Annual report of the Central Committee of the Association together with the report of the directors of the Pasteur Institute at Kasauli
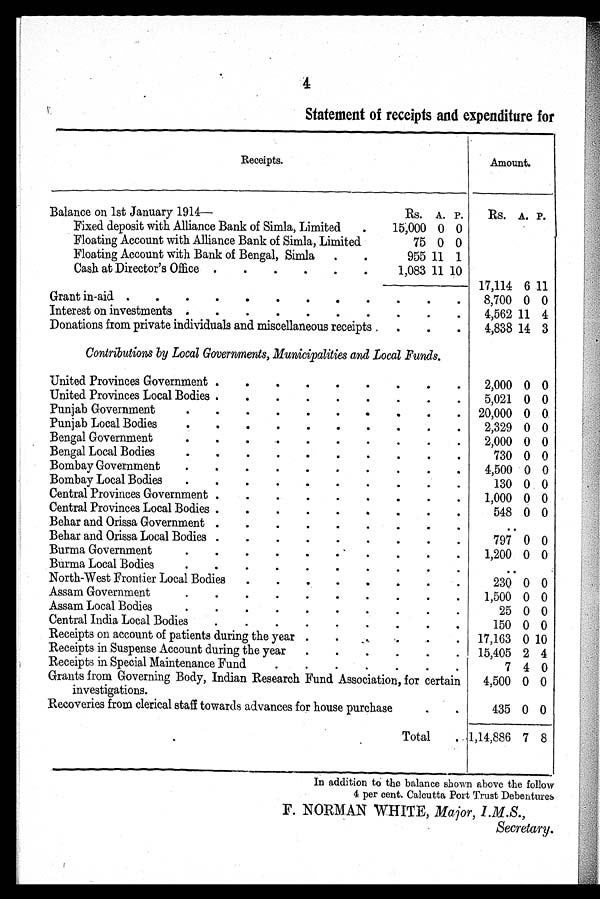
4
Statement of receipts and expenditure for
Receipts.
Amount.
Balance on 1st January 1914—
Rs. A. P.
Rs. A. P.
Fixed deposit with Alliance Bank of Simla, Limited . 15,000 0 0
Floating Account with Alliance Bank of Simla, Limited
75 0 0
Floating Account with Bank of Bengal, Simla .
.
955 11 1
Cash at Director's Office .
.
.
.
.
. 1,083 11 10
17,114 6 11
Grant in-aid .
. . . . . . . . . . .
8,700 0 0
Interest on investments .
.
.
.
.
.
.
.
.
.
4,562 11 4
Donations from private individuals and miscellaneous receipts
.
.
.
4,838 14 3
Contributions by Local Governments, Municipalities and Local Funds.
United Provinces Government .
.
.
.
.
.
.
.
.
2,000 0 0
United Provinces Local Bodies .
.
.
.
.
.
.
.
5,021 0 0
Punjab Government
.
. . . . . . . . .
20,000 0 0
Punjab Local Bodies
.
.
.
.
. . . . . .
2,329 0 0
Bengal Government
. . . . . . . . . .
2,000 0 0
Bengal Local Bodies
.
.
.
. . . . .
730 0 0
Bombay Government
.
.
.
.
.
.
.
.
.
.
4,500 0 0
Bombay Local Bodies
.
.
.
.
.
.
.
.
.
.
130 0 0
Central Provinces Government .
.
.
.
.
.
. . .
1,000 0 0
Central Provinces Local Bodies .
.
.
.
.
.
.
.
548 0 0
Behar and Orissa Government .
.
.
.
.
.
.
. .
. .
Behar and Orissa Local Bodies .
. . . . . . . .
797 0 0
Burma Government
.
.
.
.
.
.
. . . .
1,200 0 0
Burma Local Bodies
.
.
.
.
.
.
.
.
.
.
. .
North-West Frontier Local Bodies .
.
.
. . .
230 0 0
Assam Government
.
.
.
.
.
.
.
.
.
.
1,500 0 0
Assam Local Bodies
.
.
.
.
.
.
.
.
.
.
25 0 0
Central India Local Bodies
.
.
.
.
.
.
.
.
.
150 0 0
Receipts on account of patients during the year .
. . .
17,163 0 10
Receipts in Suspense Account during the year
.
.
.
.
.
. 15,405 2 4
Receipts in Special Maintenance Fund
.
.
.
.
.
.
.
7 4 0
Grants from Governing Body, Indian Research Fund Association, for certain
investigations.
4,500 0 0
Recoveries from clerical staff towards advances for house purchase
.
.
435 0 0
Total
. 1,14,886 7 8
In addition to the balance shown above the follow
4 per cent. Calcutta Port Trust Debentures
F. NORMAN WHITE, Major, I.M.S.,
Secretary.